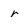
Character: r